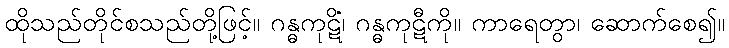
ထိုသည်တိုင်စသည်တို့ဖြင့်။ ဂန္ဓကုဋိံ၊ ဂန္ဓကုဋီကို။ ကာရေတွာ၊ ဆောက်စေ၍။